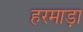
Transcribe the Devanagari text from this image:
हरमाड़ा